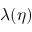
\lambda ( \eta )